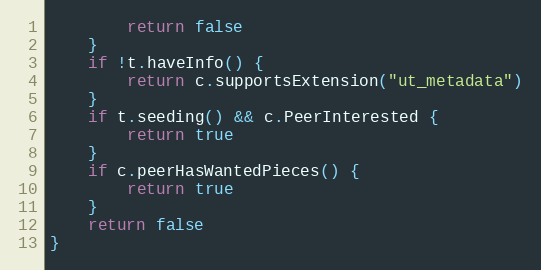
Language: Go
		return false
	}
	if !t.haveInfo() {
		return c.supportsExtension("ut_metadata")
	}
	if t.seeding() && c.PeerInterested {
		return true
	}
	if c.peerHasWantedPieces() {
		return true
	}
	return false
}